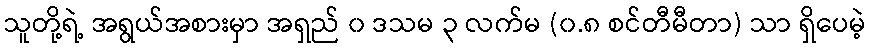
သူတို့ရဲ့ အရွယ်အစားမှာ အရှည် ၀ ဒသမ ၃ လက်မ (၀.၈ စင်တီမီတာ) သာ ရှိပေမဲ့